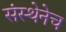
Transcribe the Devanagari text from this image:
संस्थेनेच